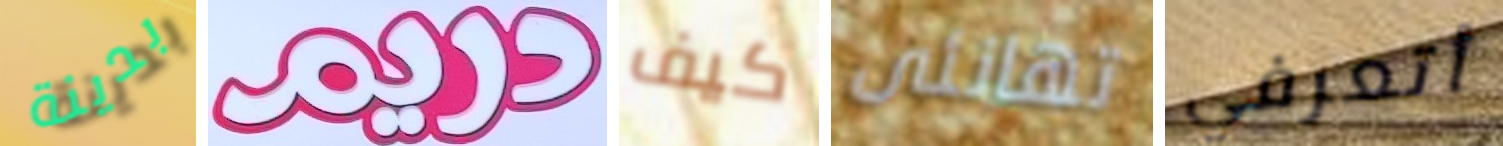
بدينة دريم كيف تهانئى أتعرفي